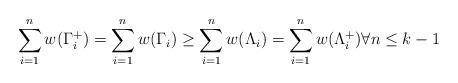
LaTeX: \begin{align*}\sum_{i=1}^{n}w(\Gamma^+_i)=\sum_{i=1}^{n}w(\Gamma_i) \geq \sum_{i=1}^{n}w(\Lambda_i)=\sum_{i=1}^{n}w(\Lambda_i^+) \forall n \leq k-1\end{align*}